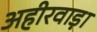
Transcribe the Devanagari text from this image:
अहीरवाड़ा